Civil Veterinary Department. Madras. Admin. report 1926-33 - 1926-1933
Year: 1926
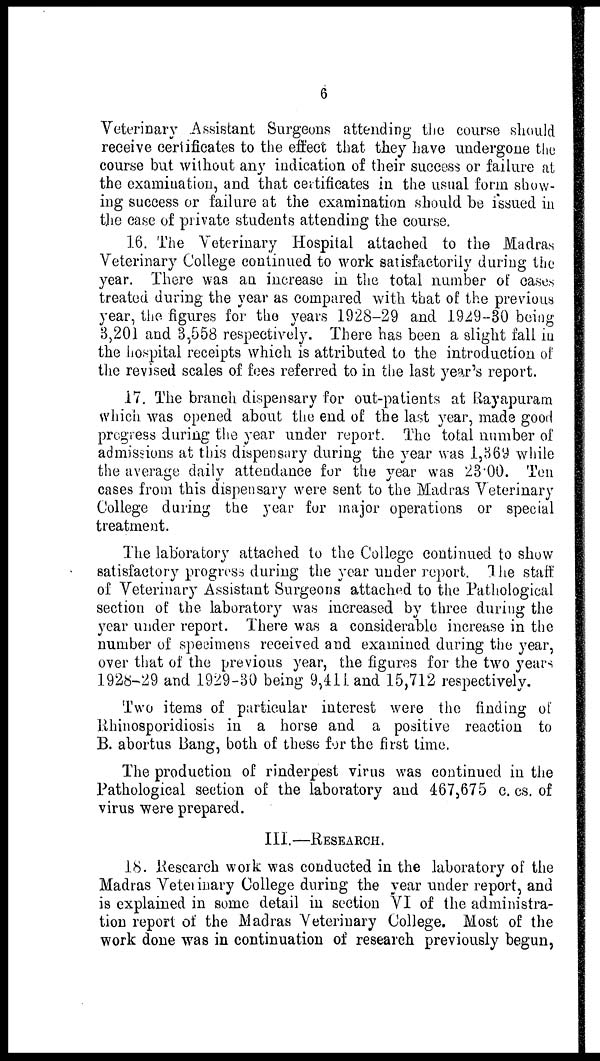
6
Veterinary Assistant Surgeons attending the course should
receive certificates to the effect that they have undergone the
course but without any indication of their success or failure at
the examination, and that certificates in the usual form show-
ing success or failure at the examination should be issued in
the case of private students attending the course.
16. The Veterinary Hospital attached to the Madras
Veterinary College continued to work satisfactorily during the
year. There was an increase in the total number of cases
treated during the year as compared with that of the previous
year, the figures for the years 1928-29 and 1929-30 being
3,201 and 3,558 respectively. There has been a slight fall in
the hospital receipts which is attributed to the introduction of
the revised scales of foes referred to in the last year's report.
17. The branch dispensary for out-patients at Rayapuram
which was opened about the end of the last year, made good
progress during the year under report. The total number of
admissions at this dispensary during the year was 1,369 while
the average daily attendance for the year was 23.00. Ten
cases from this dispensary were sent to the Madras Veterinary
College during the year for major operations or special
treatment.
The laboratory attached to the College continued to show
satisfactory progress during the year under report. The staff
of Veterinary Assistant Surgeons attached to the Pathological
section of the laboratory was increased by three during the
year under report. There was a considerable increase in the
number of specimens received and examined during the year,
over that of the previous year, the figures for the two years
1928-29 and 1929-30 being 9,411 and 15,712 respectively.
Two items of particular interest were the finding of
Rhinosporidiosis in a horse and a positive reaction to
B. abortus Bang, both of these for the first time.
The production of rinderpest virus was continued in the
Pathological section of the laboratory and 467,675 c. cs. of
virus were prepared.
III.—RESEARCH.
18. Research work was conducted in the laboratory of the
Madras Veterinary College during the year under report, and
is explained in some detail in section VI of the administra-
tion report of the Madras Veterinary College. Most of the
work done was in continuation of research previously begun,